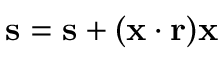
\mathbf { s } = \mathbf { s } + ( \mathbf { x } \cdot \mathbf { r } ) \mathbf { x }